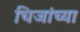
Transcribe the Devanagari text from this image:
चिजांच्या